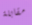
مقابلة